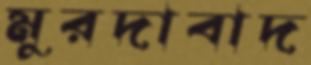
মুরদাবাদ